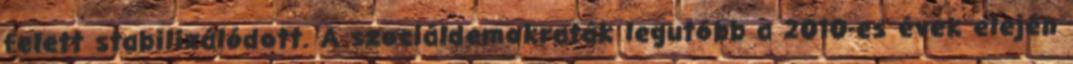
felett stabilizálódott. A szociáldemokraták legutóbb a 2010-es évek elején